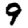
Digit: 9